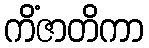
ကိံဇာတိကာ